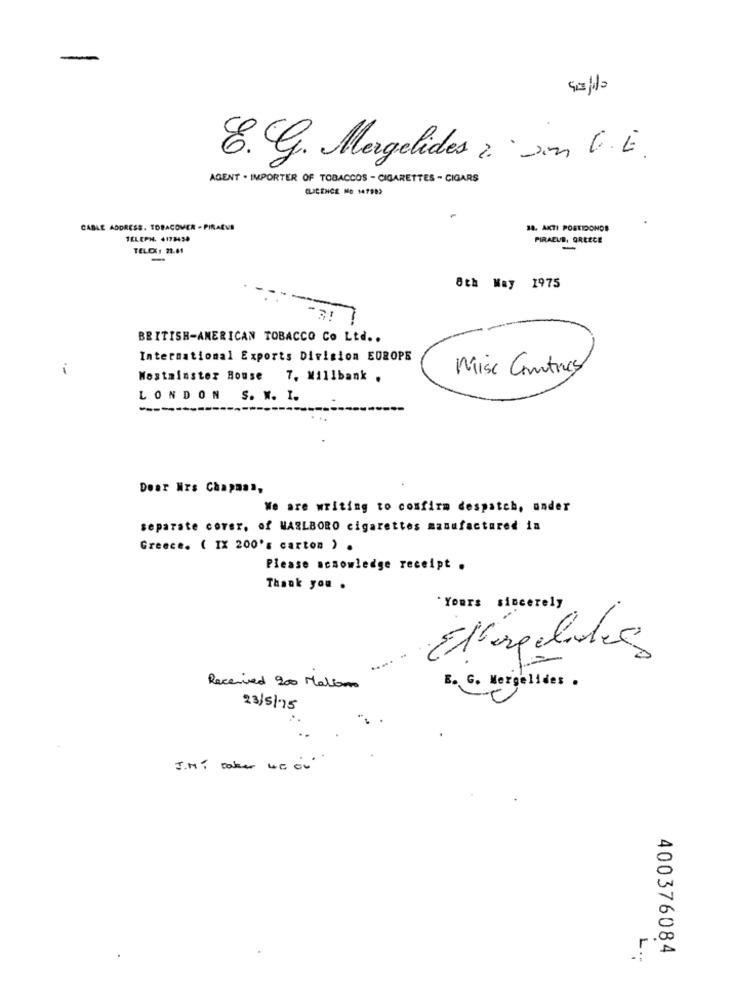
-
E. g. Margelides ? son V.E.
AGENT . IMPORTER OF TOBACCOS - CIGARETTES - CIGARS
CLICENCE Mo 147989
CABLE ADDRESS. TOBACOVER - PIRAEUS
18. AKTI POSTIDONDE
TELEPH. 4178450
PIRAEUS, GREECE
TELEX : 22.61
-
8th May 1975
BRITISH-AMERICAN TOBACCO Co Ltd ..
International Exports Division EUROPE
Misc Continues
Westminster House
7, Millbank .
LONDON S. W. I.
Dear Mrs Chapman,
We are writing to confirm despatch, under
separate cover, of MARLBORO cigarettes manufactured in
Greece. ( IX 200's carton ) .
Please acnowledge receipt .
Thank you .
.Yours sincerely
Ellergeldig
.... .
Received 200 Mallon
E. G. Mergelides .
23/5/15
400376084